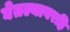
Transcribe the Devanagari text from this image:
घेतल्यावरहि